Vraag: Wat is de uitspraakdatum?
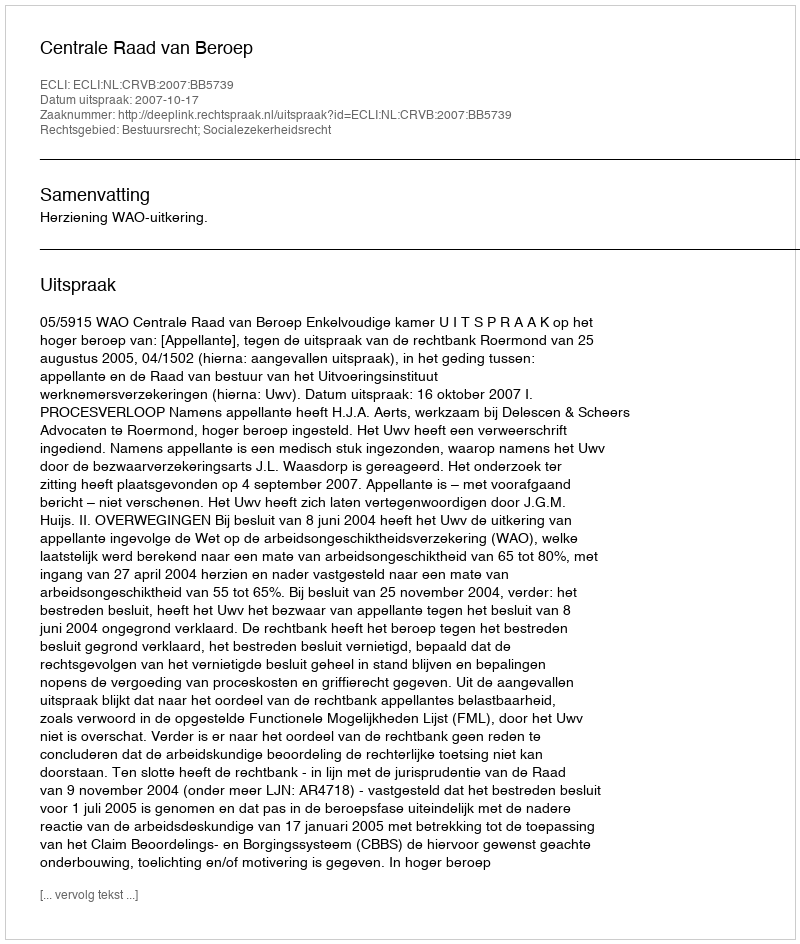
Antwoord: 2007-10-17